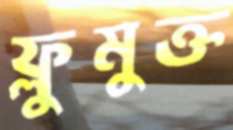
ফ্লুমুক্ত